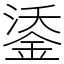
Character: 鋈